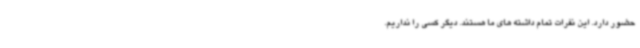
حضور دارد. این نفرات تمام داشته های ما هستند. دیگر کسی را نداریم.